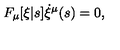
F _ { \mu } [ \xi | s ] \dot { \xi } ^ { \mu } ( s ) = 0 ,